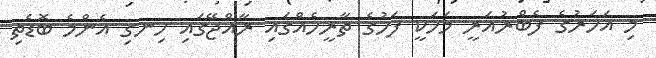
މި އަހަރުގެ ފެބްރުއަރީ މަހަކީ ފަހުގެ ތާރީހެއްގައި ރާއްޖޭގައި ހިނގި އެންމެ ބޮޑެތި